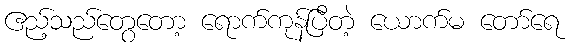
ဧည့်သည်တွေတော့ ရောက်ကုန်ပြီတဲ့ ယောက်မ တော်ရေ